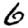
Digit: 6